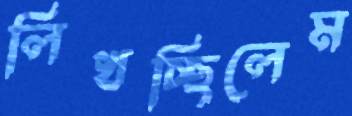
লিখচ্ছিলেম